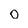
Character: o